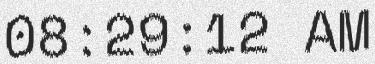
08:29:12 AM